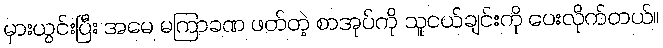
မှားယွင်းပြီး အမေ မကြာခဏ ဖတ်တဲ့ စာအုပ်ကို သူငယ်ချင်းကို ပေးလိုက်တယ်။